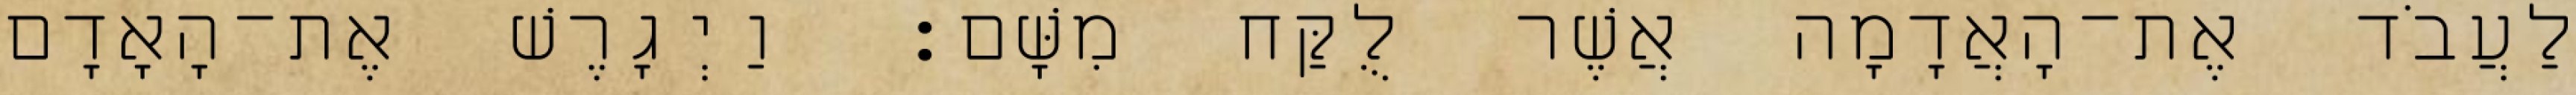
לַעֲבֹד אֶת־הָאֲדָמָה אֲשֶׁר לֻקַּח מִשָּׁם׃ וַיְגָרֶשׁ אֶת־הָאָדָם